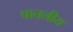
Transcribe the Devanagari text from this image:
पातलीय